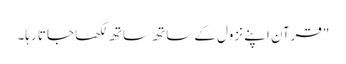
"قرآن اپنے نزول کے ساتھ ساتھ لکھا جاتا رہا۔